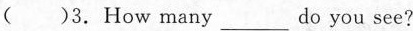
( ) 3.How many ___ do you see?